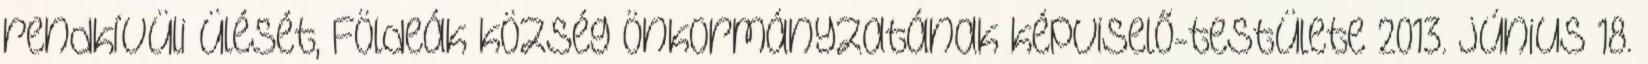
rendkívüli ülését, Földeák község Önkormányzatának képviselő-testülete 2013. június 18.